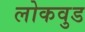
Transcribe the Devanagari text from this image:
लोकवुड